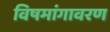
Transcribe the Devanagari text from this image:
विषमांगावरण